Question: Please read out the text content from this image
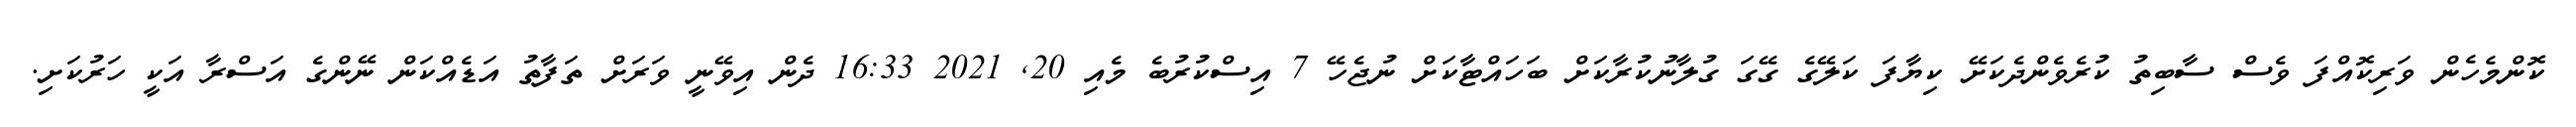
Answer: ކޮންމެހެން ވަރިކޮއްފަ ވެސް ސާބިތު ކުރެވެންދެކަށޭ ކިޔާފަ ކަލޭގެ ގޭގަ ގުލާނުކުރާކަށް ބަހައްޓާކަށް ނުޖެހޭ 7 އިސްކުރުބެ މެއި 20, 2021 16:33 ދެން އިވޭނީ ވަރަށް ތަފާތު އަޑެއްކަން ނޭންގެ އަސްރާ އަކީ ހަރުކަށި.